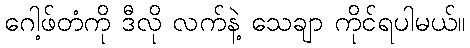
ဂေါ့ဖ်တံကို ဒီလို လက်နဲ့ သေချာ ကိုင်ရပါမယ်။